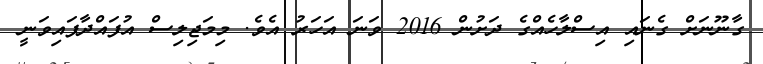
ގާނޫނަށް ގެނައި އިސްލާހެއްގެ ދަށުން 2016 ވަނަ އަހަރު އެވެ. މިމަޖިލިސް އުފައްދާފައިވަނީ